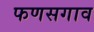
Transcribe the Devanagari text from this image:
फणसगाव